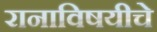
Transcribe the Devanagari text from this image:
रानाविषयीचे